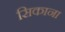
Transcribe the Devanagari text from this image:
सिकाना